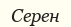
Серен